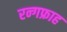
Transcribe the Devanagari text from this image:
रन्गफ्राह